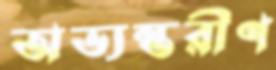
অভ্যন্তরীণ